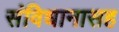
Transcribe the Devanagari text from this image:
संविधानासह